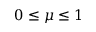
0 \leq \mu \leq 1